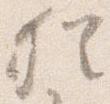
猶